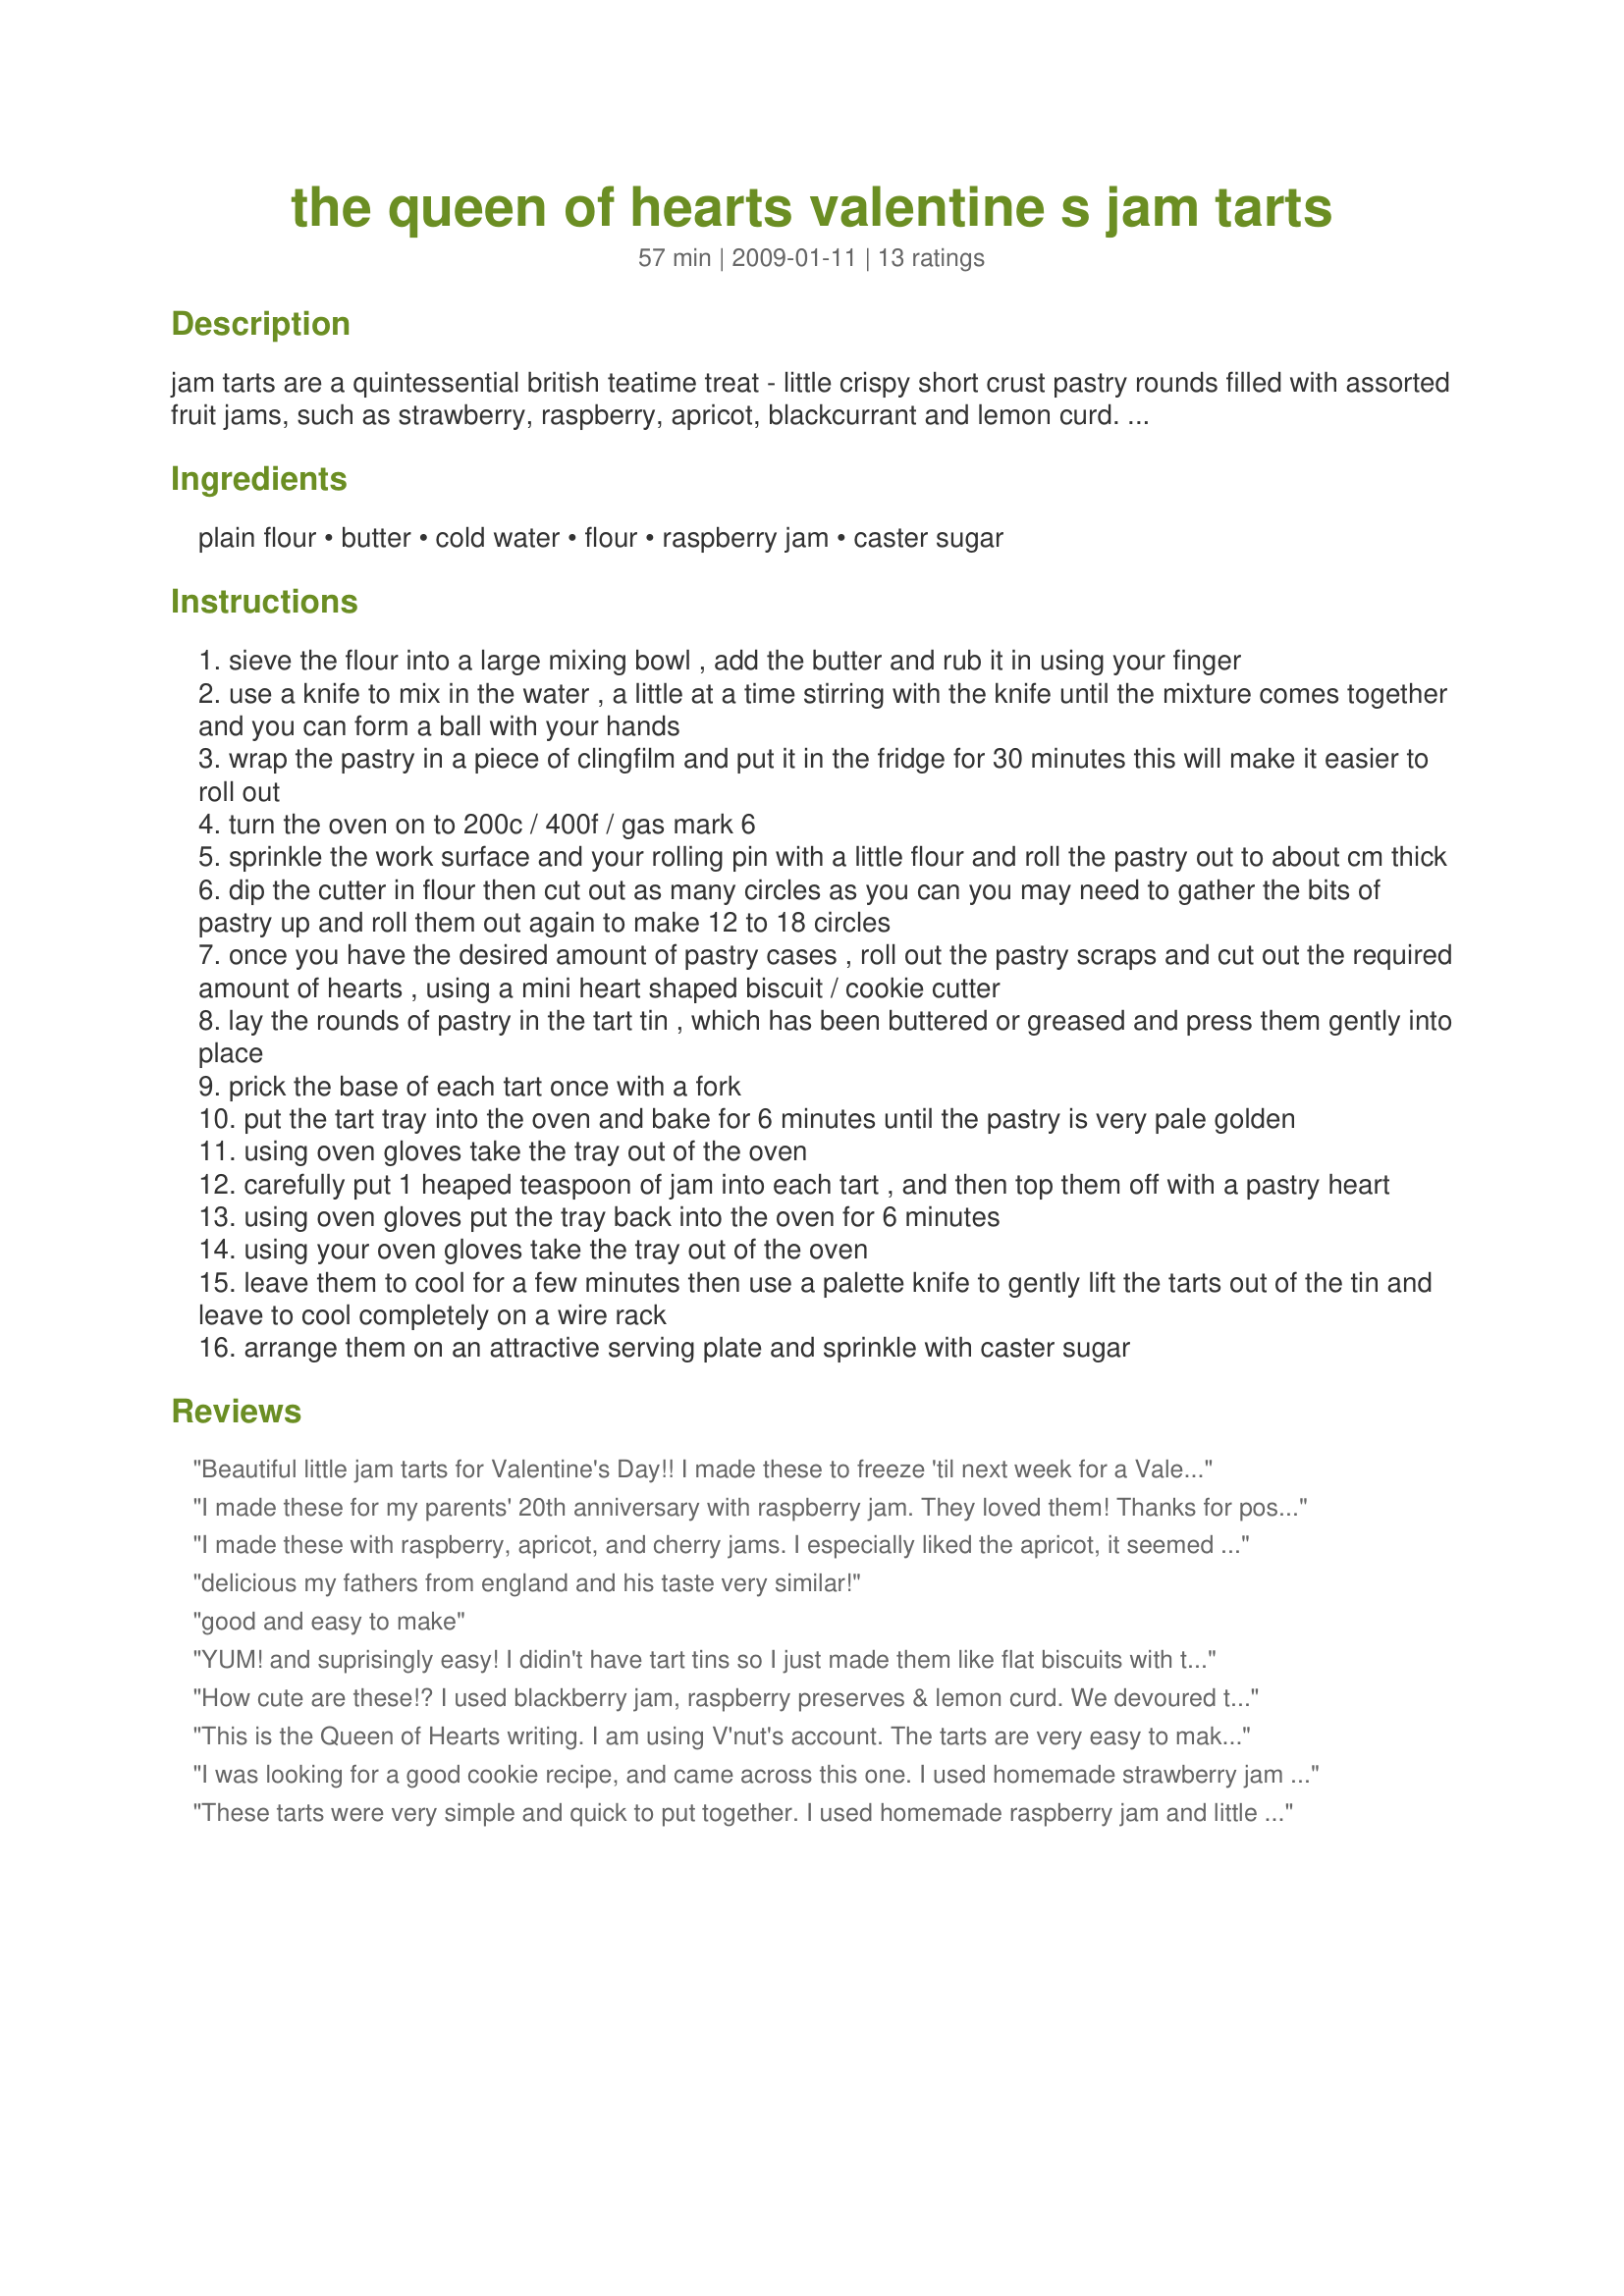
the queen of hearts valentine s jam tarts
Preparation time: 57 minutes

jam tarts are a quintessential british teatime treat - little crispy short crust pastry rounds filled with assorted fruit jams, such as strawberry, raspberry, apricot, blackcurrant and lemon curd. they were the first things my mum taught me to bake when i was little, and in turn, i taught my daughter how to make them when she was very small. here i have suggested that as a valentine's day treat, you top the jam tarts with a little pastry heart........after all, the way to a loved one's heart is through their stomach! jam tarts normally do not have any pastry topping however, so for the rest of the year, just make them as posted with no pastry lid, or use other suitable shapes appropriate for a special event. i have posted homemade short crust pastry, it is so easy to make and is far superior to ready-made, although i do use ready-made when i am short of time! try to use good quality or homemade jams and jellies, the higher the fruit content, the less the jam or jelly will bubble out of the pastry case. these are essential for any english tea party, especially if alice in wonderland has been invited............along with the white rabbit! have fun!

Ingredients:
plain flour, butter, cold water, flour, raspberry jam, caster sugar

Steps:
sieve the flour into a large mixing bowl , add the butter and rub it in using your finger
use a knife to mix in the water , a little at a time stirring with the knife until the mixture comes together and you can form a ball with your hands
wrap the pastry in a piece of clingfilm and put it in the fridge for 30 minutes this will make it easier to roll out
turn the oven on to 200c / 400f / gas mark 6
sprinkle the work surface and your rolling pin with a little flour and roll the pastry out to about cm thick
dip the cutter in flour then cut out as many circles as you can you may need to gather the bits of pastry up and roll them out again to make 12 to 18 circles
once you have the desired amount of pastry cases , roll out the pastry scraps and cut out the required amount of hearts , using a mini heart shaped biscuit / cookie cutter
lay the rounds of pastry in the tart tin , which has been buttered or greased and press them gently into place
prick the base of each tart once with a fork
put the tart tray into the oven and bake for 6 minutes until the pastry is very pale golden
using oven gloves take the tray out of the oven
carefully put 1 heaped teaspoon of jam into each tart , and then top them off with a pastry heart
using oven gloves put the tray back into the oven for 6 minutes
using your oven gloves take the tray out of the oven
leave them to cool for a few minutes then use a palette knife to gently lift the tarts out of the tin and leave to cool completely on a wire rack
arrange them on an attractive serving plate and sprinkle with caster sugar

Reviews:
Beautiful little jam tarts for Valentine's Day!! I made these to freeze 'til next week for a Valentine Tea and for FT's Afternoon Tea Event in the photo forum and our Valentine's event. I made them in my mini muffin pan and got 32 tiny cute tarts! I keep butter in the freezer and when I make this kind of pastry I grate it frozen into the flour, makes a lovely short pastry. I used home made strawberry jam and had to get them into the freezer quickly cus DH kept stealing them!! Thanks FT, they are a perfect one bite sweet for Valentines!
I made these for my parents' 20th anniversary with raspberry jam. They loved them! Thanks for posting this, I'll definately make them again sometime!
I made these with raspberry, apricot, and cherry jams. I especially liked the apricot, it seemed to glaze the tart better than the others. Thank you so much French Tart, for posting so many traditional British recipes. I have so many of yours in my cookbook, waiting for me. My fiance (of Welsh background) is eager to try them!
delicious my fathers from england and his taste very similar!
good and easy to make
YUM! and suprisingly easy! I didin't have tart tins so I just made them like flat biscuits with the jam and little hearts on top. The shortcrust pastry was divine. Needed a bit more cooking time in my oven though.
I also ate one before they were dusted in caster sugar, and this was good too... so perhaps the extra calories aren't essential..
Next time I'll have to double the recipe - hubby and I ate them in one hit!
How cute are these!? I used blackberry jam, raspberry preserves & lemon curd. We devoured the 18 I made. Okay, we only devoured 15, cause the first 3 that went out for the photo shoot I accidentally dumped tea all over. lol I have a mini tart pan & the smallest heart cutter I had was 1.5 inches so the hearts were a tad too large, IMHO. I used the 2.5 inch scalloped biscuit cutter for the tart shells, which was a perfect size for those. I'll keep my eyes open for an even smaller heart cutter. This will be very impressive on a dessert tray for all kinds of holidays. Thanks for sharing, FT! :) Made for your farewell in Holiday tag.
This is the Queen of Hearts writing. I am using V'nut's account. The tarts are very easy to make. A little buttery to some but still very nice. I used a small cutter so got about 24 tarts. A nice mouthful. I used Smuckers and St. Dalfour's jams. Very good recipe. Keeper. If anyone doesn't like it, then off with their heads!
I was looking for a good cookie recipe, and came across this one. I used homemade strawberry jam on these and OH they were so good. I had two of them and waiting for my company to come, I am sure they will love these. Thanks so much for posting this great recipe. I will be making these again.
These tarts were very simple and quick to put together. I used homemade raspberry jam and little 4 inch fluted round tart pans, I only made 6 tarts, but had I not been so close to going to bed I would have gotten 7 or 8, plus the little hearts to go on top. The bakery I used to work at always used short dough(basically roll-out butter cookie dough) for EVERY stinkin&#039; tart shell, It would have been nice to use this classic, crisp and flakey crust for franjipan and the custard filled tarts especially...or anything really =) Can&#039;t wait to do fall themed tarts with pumpkin butter and tiny pumpkins on top! Thank you for sharing this recipe, its a classic!
These are perfect. I will be making these tasty little morsels for my dil's baby shower at the end of the month. I made 15 little tarts, that were just excellant. The crust is to die for, it melts in your mouth and the flavor...yummmm. The tarts were very quick and easy to put together. I used, apricot, raspberry, pineapple and blackcurrent jam and apple jelly. They were so good, my dh went back looking for more. Did I mention that they disappeared as if by magic. Another winner from the very talented Hot Tartlette.
I used purchased pie crust dough for this, so I can't really rate it with stars, but did want to mention that these little gems were a hit at our party! I used raspberry preserves in half and lemon curd in the other half. They were easy to make, beautiful on the tray, and deeeeelicious. Thank you!
We loved these. My eight year old sun said it deserved 52 stars!
